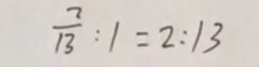
\frac { 2 } { 1 3 } : 1 = 2 : 1 3